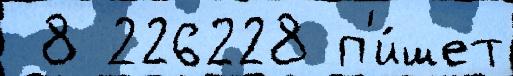
 8 226228 п'и́шет